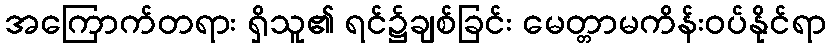
အကြောက်တရား ရှိသူ၏ ရင်၌ချစ်ခြင်း မေတ္တာမကိန်းဝပ်နိုင်ရာ